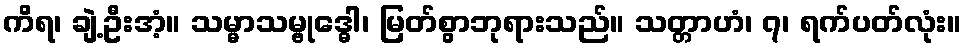
ကိရ၊ ချဲ့ဦးအံ့။ သမ္မာသမ္ဗုဒ္ဓေါ၊ မြတ်စွာဘုရားသည်။ သတ္တာဟံ၊ ၇၊ ရက်ပတ်လုံး။